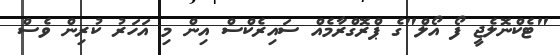
"ޓެކްނޮލެޖީ ފޯ އޯލް"ގެ ޕްރޮގްރާމެއް ސައިރެކްސް އިން މި އަހަރު ކުރިން ވެސް